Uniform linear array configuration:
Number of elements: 32
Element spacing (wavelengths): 0.25
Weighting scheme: uniform
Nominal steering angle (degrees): -45
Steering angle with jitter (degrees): -44.743
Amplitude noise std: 0.05
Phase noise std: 0.05

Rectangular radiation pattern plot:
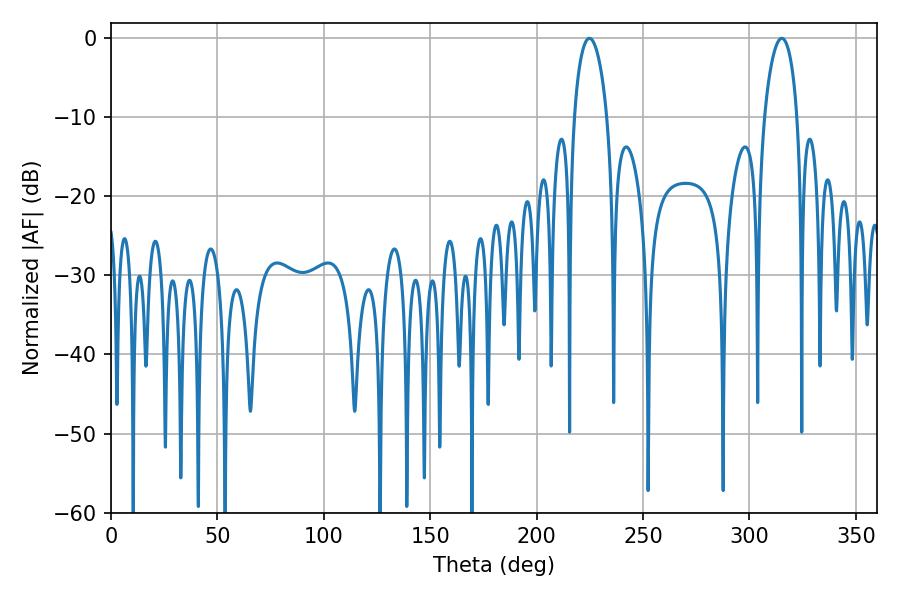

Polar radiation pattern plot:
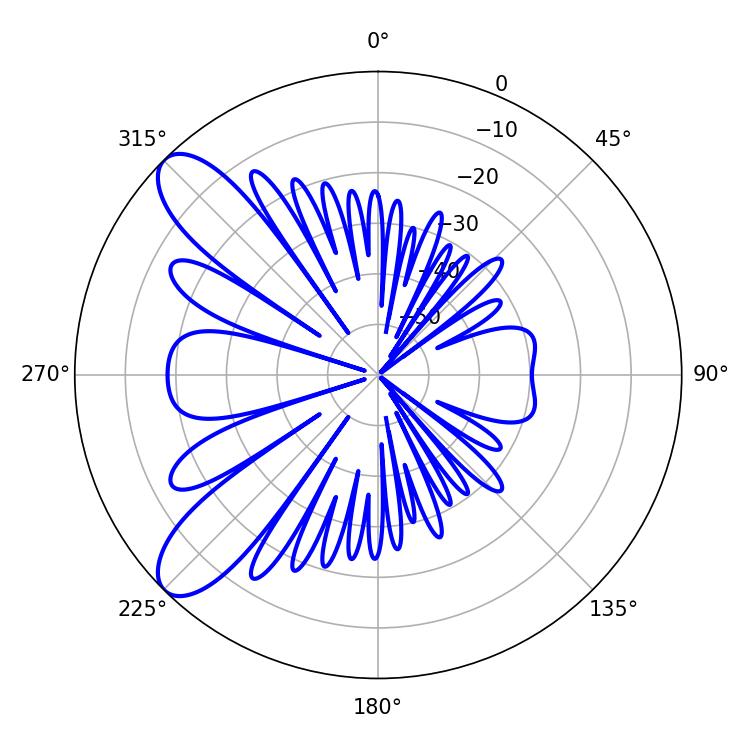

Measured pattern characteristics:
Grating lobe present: FALSE
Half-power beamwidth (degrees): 8.82
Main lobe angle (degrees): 315.18